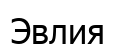
Эвлия